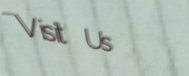
Visit Us